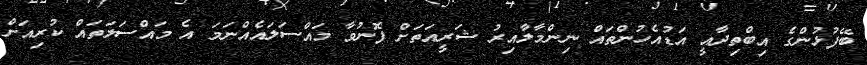
ބޭފުޅުންގެ އިބްތިދާއީ އަޑުއެހުންތައް ނިންމާލާއިރު ޝަރީއަތަށް ފޮނުވާ މައްސަލައެއްނަމަ އެ މައްސަލަތައް ކުރިއަށް